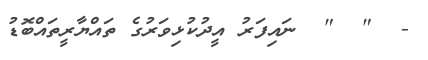
-  "  "  ނައިފަރު އީދުކުޅިވަރުގެ ތައްޔާރީތައްބޮޑު